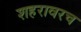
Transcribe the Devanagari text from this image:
शहरावरच